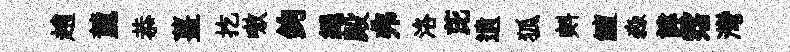
趙麓恭薑扢嗷鉤繩殿弗洛芘遺狐㪺鱣淼諱霑灣